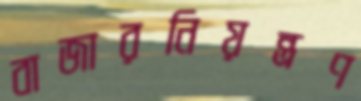
বাজারনিয়ন্ত্রণ